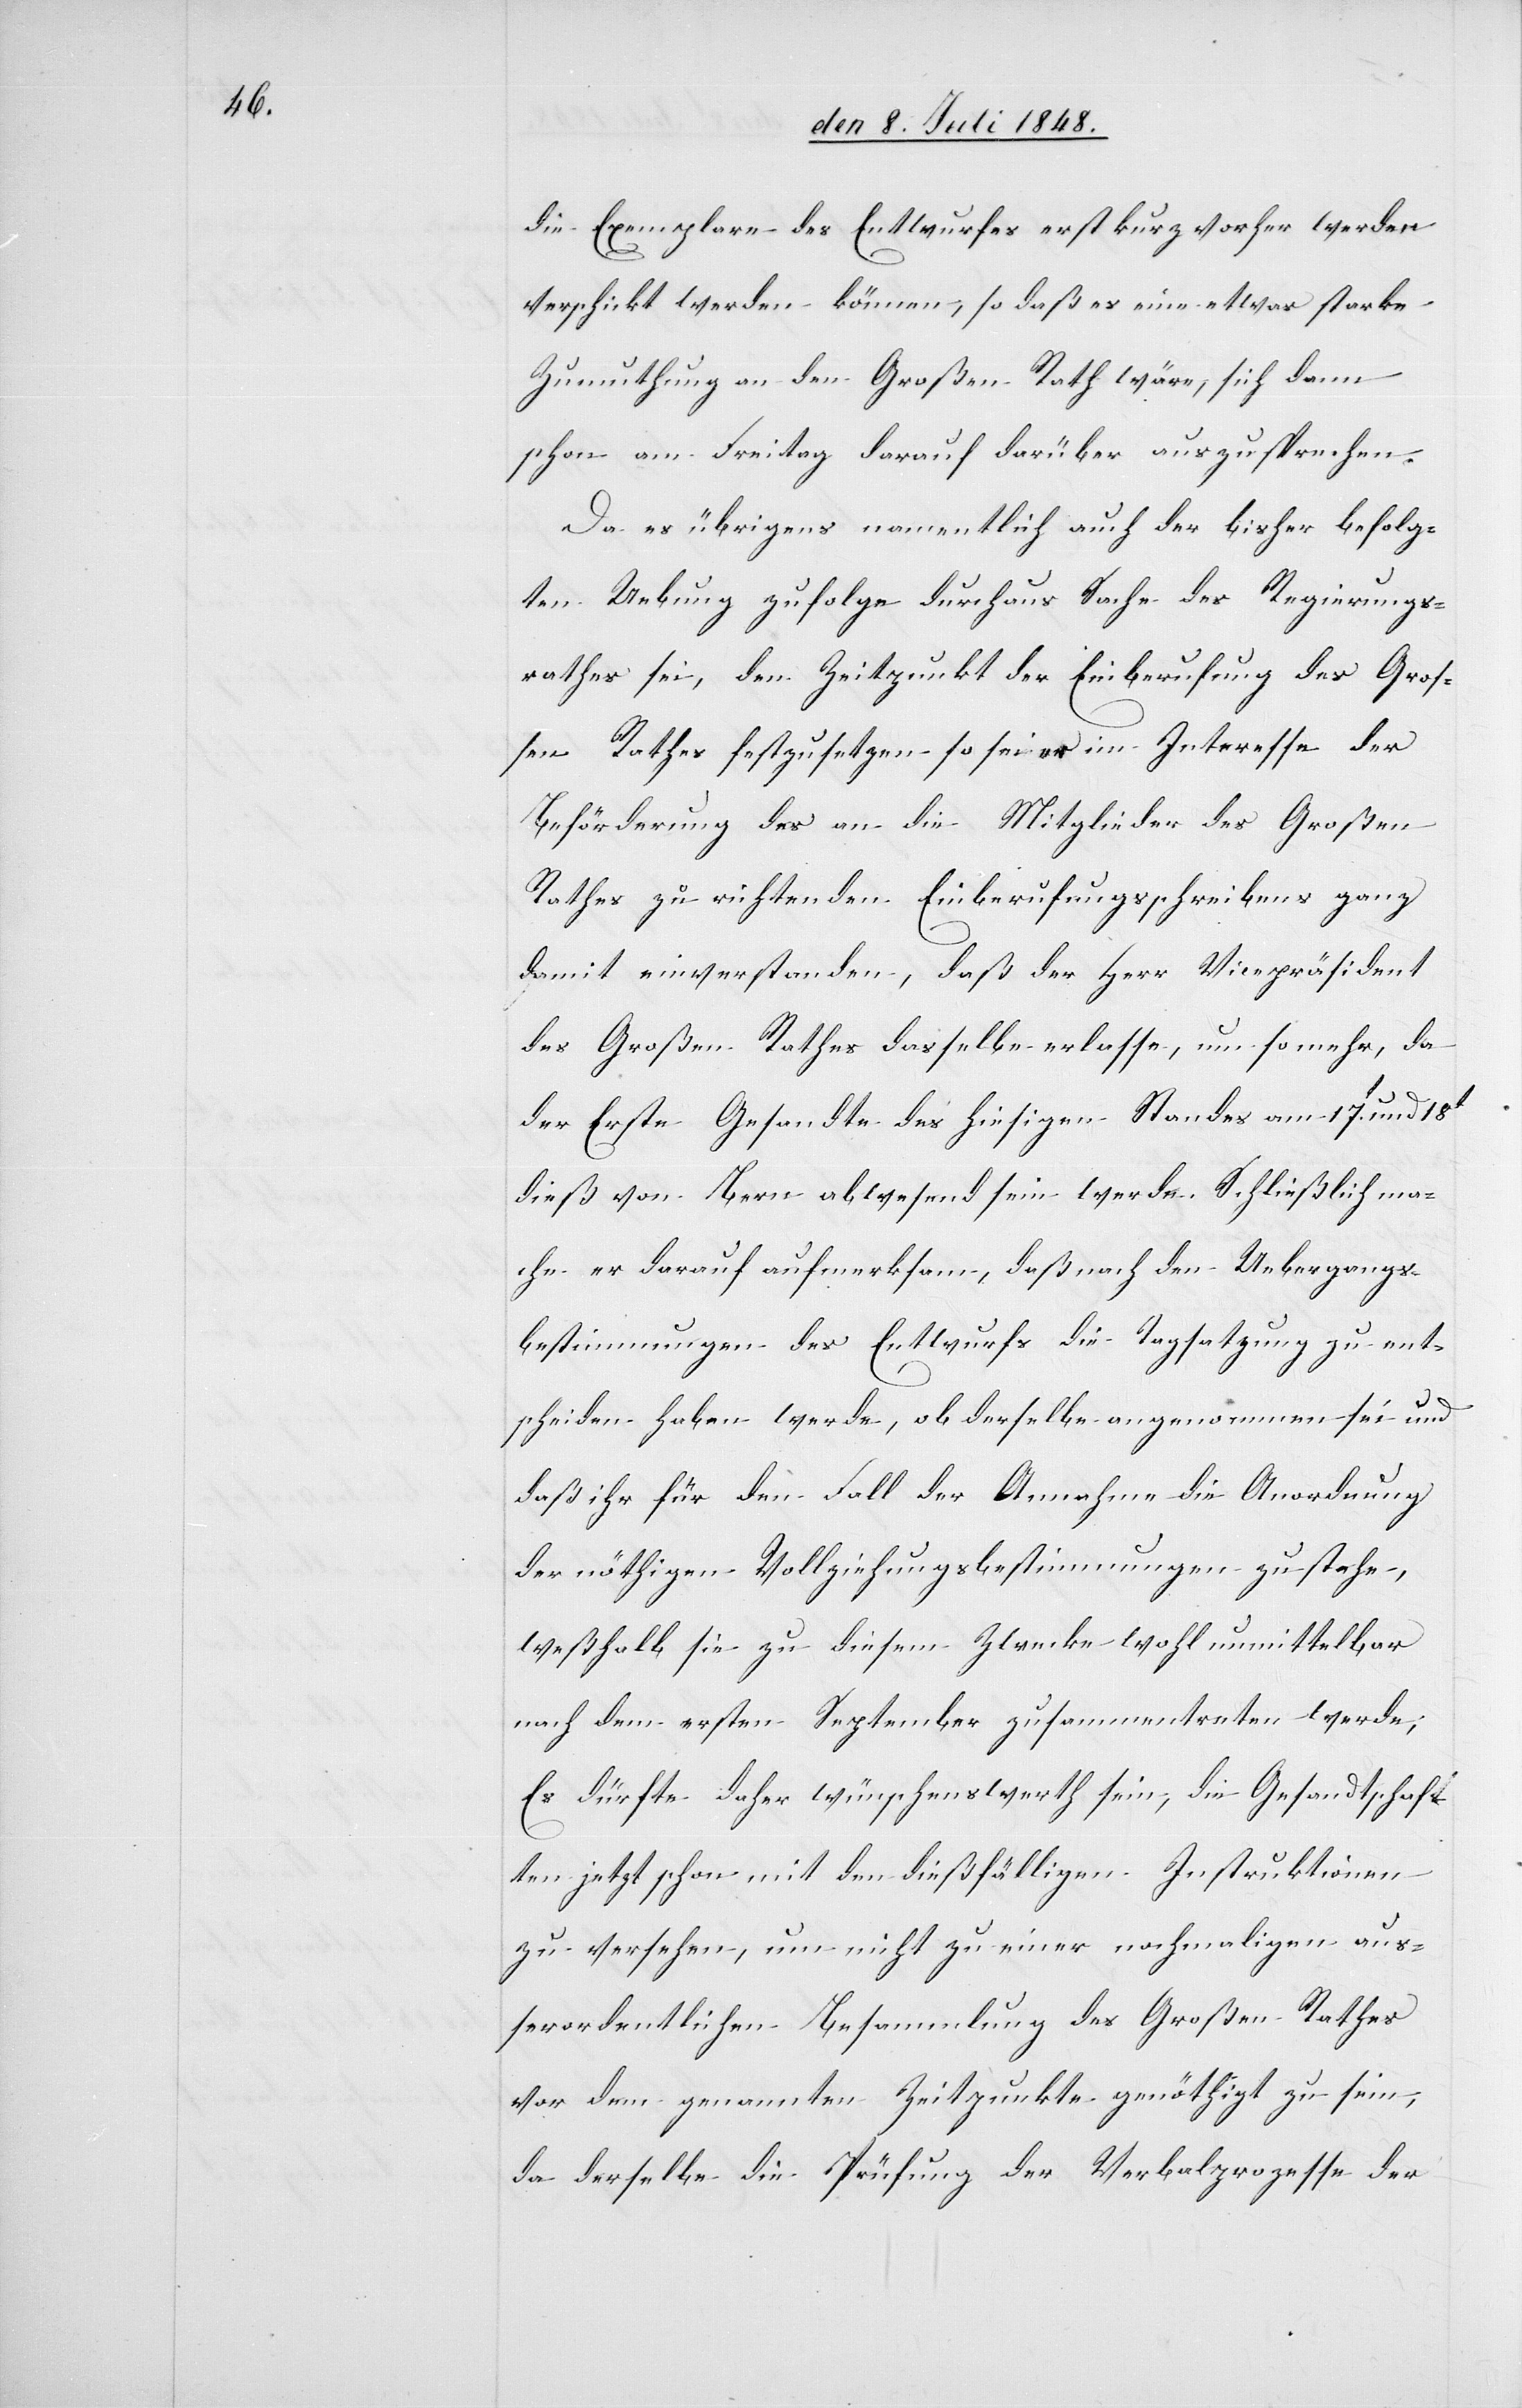
die Exemplare des Entwurfes erst kurz vorher werden
verschickt werden können, so daß es eine etwas starke
Zumuthung an den Großen Rath wäre, sich dann
schon am Freitag darauf darüber auszusprechen.
Da es übrigens namentlich auch der bisher befolg¬
ten Uebung zufolge durchaus Sache des Regierungs¬
rathes sei, den Zeitpunkt der Einberufung des Groß¬
en Rathes festzusetzen so sei es im Interesse der
Beförderung des an die Mitglieder des Großen
Rathes zu richtenden Einberufungsschreibens ganz
damit einverstanden, daß der Herr Vicepräsident
des Großen Rathes dasselbe erlasse, um so mehr, da
der Erste Gesandte des hiesigen Standes am 17t und 18t
dieß von Bern abwesend sein werde. Schließlich ma¬
che er darauf aufmerksam, daß nach den Uebergangs¬
bestimmungen des Entwurfs die Tagsatzung zu ent¬
scheiden haben werde, ob derselbe angenommen sei und
daß ihr für den Fall der Annahme die Anordnung
der nöthigen Vollziehungsbestimmungen zu stehe,
weßhalb sie zu diesem Zwecke wohl unmittelbar
nach dem ersten September zusammentreten werde;
Es dürfte daher wünschenswert sein, die Gesandtschaft¬
en jetzt schon mit den dießfälligen Instruktionen
zu versehen, um nicht zu einer nochmaligen auß¬
erordentlichen Besammlung des Großen Rathes
vor dem genannten Zeitpunkte genöthigt zu sein,
da derselbe die Prüfung der Verbalprozesse der